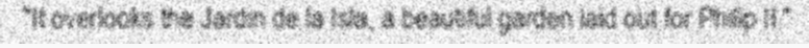
"It overlooks the Jardin de la Isla, a beautiful garden laid out for Philip II."